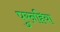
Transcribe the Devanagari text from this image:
पुरनहिया